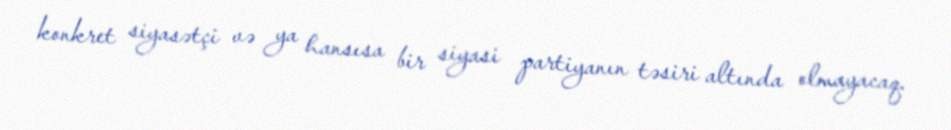
konkret siyasətçi və ya hansısa bir siyasi partiyanın təsiri altında olmayacaq.